system: You are a helpful assistant.
user:
Analyze the provided spectrum to determine if it is a **Carbon Star (C-type)**.

- **Key Visual Indicators of Carbon Star:**
    - **(Primary):** Strong molecular absorption from **C₂ (diatomic carbon) "Swan Bands."** This is the **defining feature** of a carbon star.
        - **(Key Bandheads):** Sharp absorption edges are visible at approximately $5635$ Å, $5165$ Å (the strongest band), and $4737$ Å.
        - **(Line Profile):** Creates a distinct **"saw-tooth"** pattern. The key morphology is a sharp, steep bandhead on the **red (long-wavelength) side**, which then gradually tapers off (i.e., flux recovers) towards the **blue (short-wavelength) side**. *(This is the direct opposite of the TiO bands seen in M-type stars)*.

    - **(Secondary):** Intense **CN (cyanogen)** molecular absorption bands.
        - **(Key Bandheads):** Located in the blue and violet regions of the spectrum (e.g., near $4215$ Å and $3883$ Å).
        - **(Morphology):** These bands are extremely broad and act as a "blanket," absorbing the vast majority of blue and violet light. This creates a characteristic **"cliff"** or **"steep drop-off"** in the spectrum's flux at short wavelengths.

    - **(Key Confirmation):** Strong **CH absorption band (G-band)**.
        - **(Key Bandhead):** Located around $4300$ Å. The contribution from CH molecules to this band is exceptionally strong.

    - **(Overall Spectrum):**
        - The continuum is severely "chopped up" by these deep molecular bands, especially C₂, rather than appearing as a smooth curve.
        - Due to the heavy CN and C₂ absorption in the blue-green, the vast majority of the star's flux is concentrated in the red part of the spectrum, giving the star its characteristic deep red color.

Think first, call **spectral_visualization_tool** if needed to examine features in detail, then provide your final answer. Your response must adhere to the following strict rules:
1.  **Overall Structure:** Your response must follow the format `<think>...</think> <tool_call>...</tool_call> (if a tool is used) <answer>...</answer>`.
2.  **Tool Usage Constraint:** You may only make **one** tool call per turn.
3.  **Final Answer Format:** In the `<answer>` tag, your conclusion must be inside a `\boxed{}` command (e.g., `\boxed{YES}`), followed by your justification.

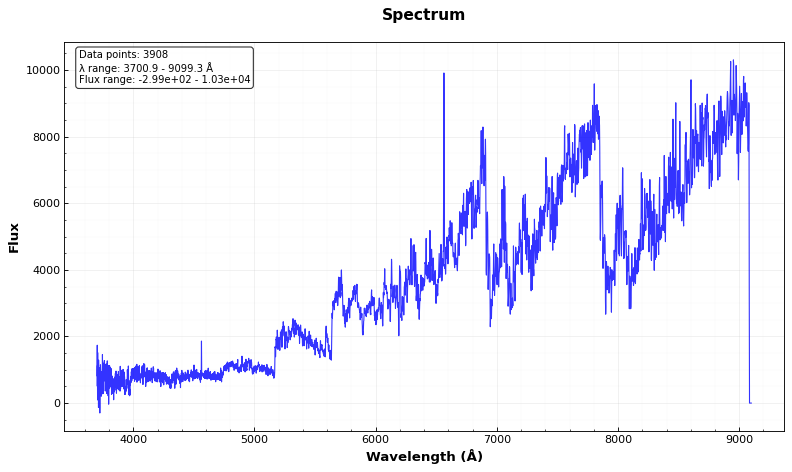
Answer: YES